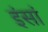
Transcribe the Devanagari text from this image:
इंसां